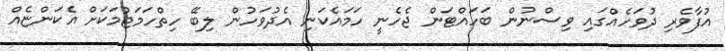
އުފާވެރި ދުވަހެއްގައި ވިސްނުން ބަހައްޓަން ޖެހެނީ ހަމައެކަނި އެދުވަހުން ލިބޭ ހިތްހަމަޖުމަކަށް އެކަންޏެއް